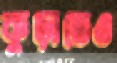
কুড়াতেও